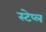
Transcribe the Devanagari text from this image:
स्टेप्ल